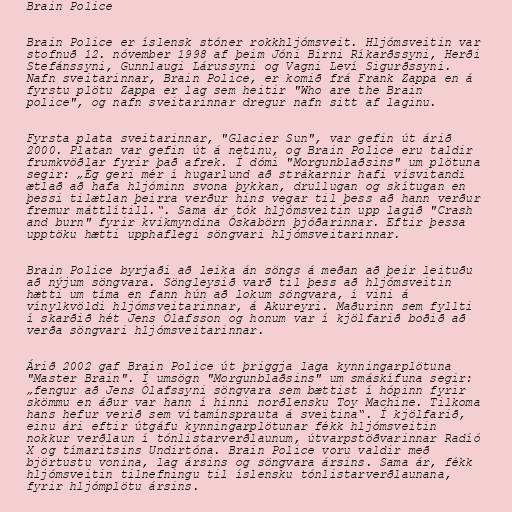
Brain Police

Brain Police er íslensk stóner rokkhljómsveit. Hljómsveitin var
stofnuð 12. nóvember 1998 af þeim Jóni Birni Ríkarðssyni, Herði
Stefánssyni, Gunnlaugi Lárussyni og Vagni Leví Sigurðssyni.
Nafn sveitarinnar, Brain Police, er komið frá Frank Zappa en á
fyrstu plötu Zappa er lag sem heitir "Who are the Brain
police", og nafn sveitarinnar dregur nafn sitt af laginu.

Fyrsta plata sveitarinnar, "Glacier Sun", var gefin út árið
2000. Platan var gefin út á netinu, og Brain Police eru taldir
frumkvöðlar fyrir það afrek. Í dómi "Morgunblaðsins" um plötuna
segir: „Ég geri mér í hugarlund að strákarnir hafi vísvitandi
ætlað að hafa hljóminn svona þykkan, drullugan og skítugan en
þessi tilætlan þeirra verður hins vegar til þess að hann verður
fremur máttlítill.“. Sama ár tók hljómsveitin upp lagið "Crash
and burn" fyrir kvikmyndina Óskabörn þjóðarinnar. Eftir þessa
upptöku hætti upphaflegi söngvari hljómsveitarinnar.

Brain Police byrjaði að leika án söngs á meðan að þeir leituðu
að nýjum söngvara. Söngleysið varð til þess að hljómsveitin
hætti um tíma en fann hún að lokum söngvara, í vini á
vínylkvöldi hljómsveitarinnar, á Akureyri. Maðurinn sem fyllti
í skarðið hét Jens Ólafsson og honum var í kjölfarið boðið að
verða söngvari hljómsveitarinnar.

Árið 2002 gaf Brain Police út þriggja laga kynningarplötuna
"Master Brain". Í umsögn "Morgunblaðsins" um smáskífuna segir:
„fengur að Jens Ólafssyni söngvara sem bættist í hópinn fyrir
skömmu en áður var hann í hinni norðlensku Toy Machine. Tilkoma
hans hefur verið sem vítamínsprauta á sveitina“. Í kjölfarið,
einu ári eftir útgáfu kynningarplötunar fékk hljómsveitin
nokkur verðlaun í tónlistarverðlaunum, útvarpstöðvarinnar Radíó
X og tímaritsins Undirtóna. Brain Police voru valdir með
björtustu vonina, lag ársins og söngvara ársins. Sama ár, fékk
hljómsveitin tilnefningu til íslensku tónlistarverðlaunana,
fyrir hljómplötu ársins.